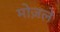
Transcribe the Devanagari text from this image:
मोज़ले